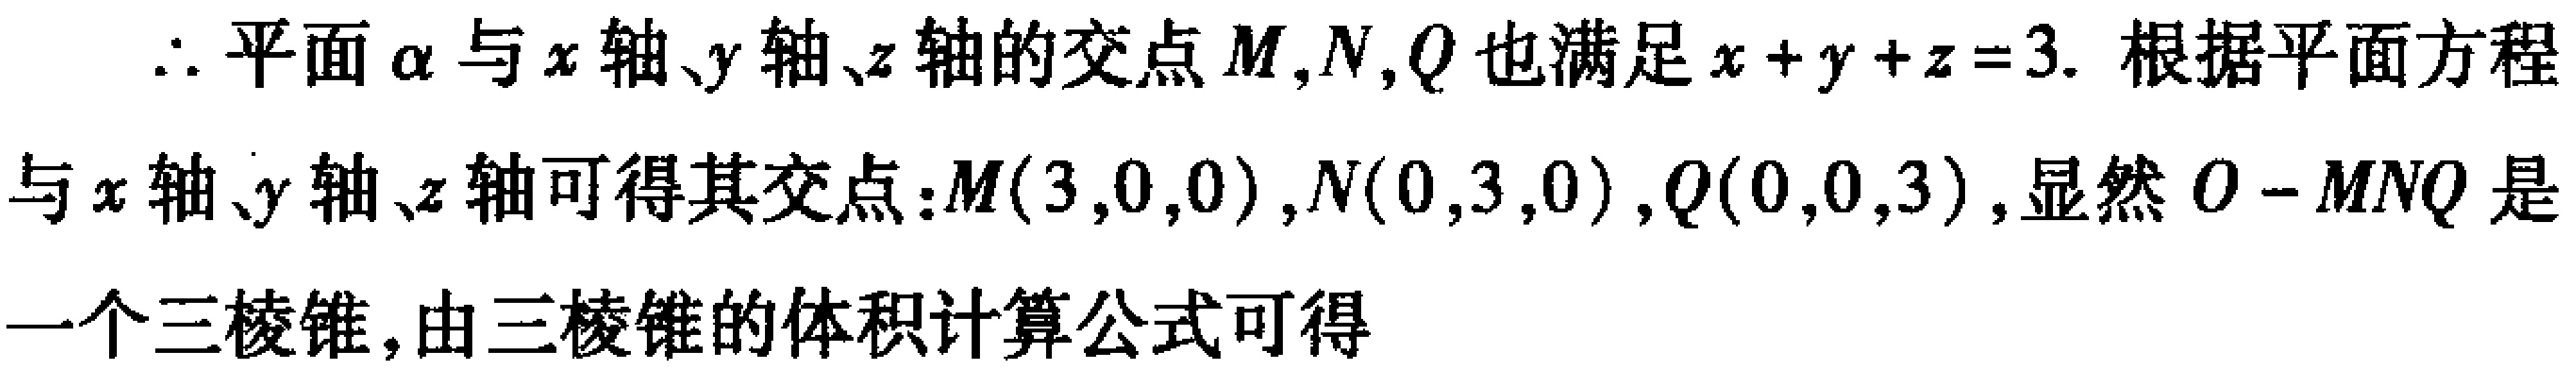
$\therefore$平面$\alpha$与$x$轴、$y$轴、$z$轴的交点$M,N,Q$也满足$x + y + z = 3$. 根据平面方程

与$x$轴、$y$轴、$z$轴可得其交点：$M(3,0,0),N(0,3,0),Q(0,0,3)$, 显然$O - MNQ$是

一个三棱锥, 由三棱锥的体积计算公式可得